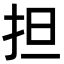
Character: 担